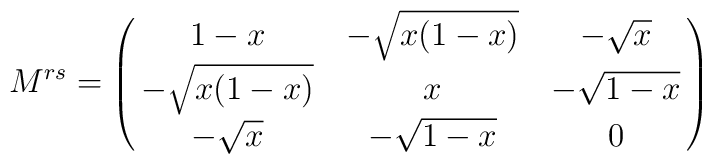
M^{rs} = \left(\matrix{ 1-x &-\sqrt{x(1-x)} &-\sqrt{x} \cr-\sqrt{x(1-x)} &x &-\sqrt{1-x} \cr -\sqrt{x} &-\sqrt{1-x} & 0 }\right)